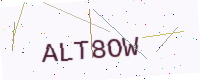
Text: ALT8OW